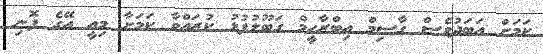
ކަމަށް އަބަދުވެސް ގާސިމް އިބްރާހީމް ގަބޫލުފުޅު ކުރައްވާ ކަމަށާ މިއީ އޭގެ ފޮނި